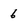
Character: 6